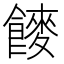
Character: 𮩍